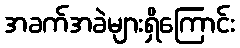
အခက်အခဲများရှိကြောင်း